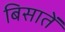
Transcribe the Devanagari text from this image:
बिसातें